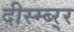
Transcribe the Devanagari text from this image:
दीस्म्ब्र्‍र